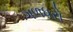
ગળધરો